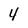
Character: 4